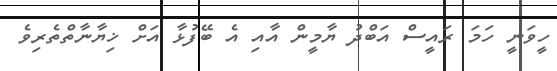
ހީވަނީ ހަމަ ރައީސް އަބްދު ޔާމީން އާއި އެ ބޭފުޅާ އަށް ޚިޔާނާތްތެރިވެ